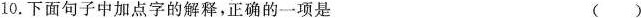
10.下面句子中加点字的解释，正确的一项是 ()